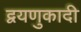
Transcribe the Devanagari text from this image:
द्वयणुकादी